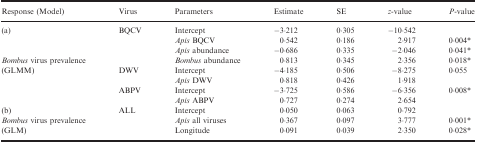
| Response (Model) | Virus | Parameters | Estimate | SE | z‐value | P‐value |
 | --- | --- | --- | --- | --- | --- | --- |
 | <ROWSPAN=3> (a) | <ROWSPAN=4> BQCV | Intercept | −3·212 | 0·305 | −10·542 |  |
 | Apis BQCV | 0·542 | 0·186 | 2·917 | 0·004a |
 | Apis abundance | −0·686 | 0·335 | −2·046 | 0·041a |
 | Bombus virus prevalence | Bombus abundance | 0·813 | 0·345 | 2·356 | 0·018a |
 | (GLMM) | <ROWSPAN=2> DWV | Intercept | −4·185 | 0·506 | −8·275 | <ROWSPAN=2> 0·055 |
 | <ROWSPAN=3>  | Apis DWV | 0·818 | 0·426 | 1·918 |
 | <ROWSPAN=2> ABPV | Intercept | −3·725 | 0·586 | −6·356 | <ROWSPAN=2> 0·008a |
 | Apis ABPV | 0·727 | 0·274 | 2·654 |
 | (b) | <ROWSPAN=3> ALL | Intercept | 0·050 | 0·063 | 0·792 |  |
 | Bombus virus prevalence | Apis all viruses | 0·367 | 0·097 | 3·777 | 0·001a |
 | (GLM) | Longitude | 0·091 | 0·039 | 2·350 | 0·028a |